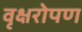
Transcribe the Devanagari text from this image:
वृक्षरोपण